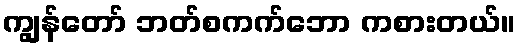
ကျွန်တော် ဘတ်စကက်ဘော ကစားတယ်။